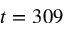
t = 3 0 9